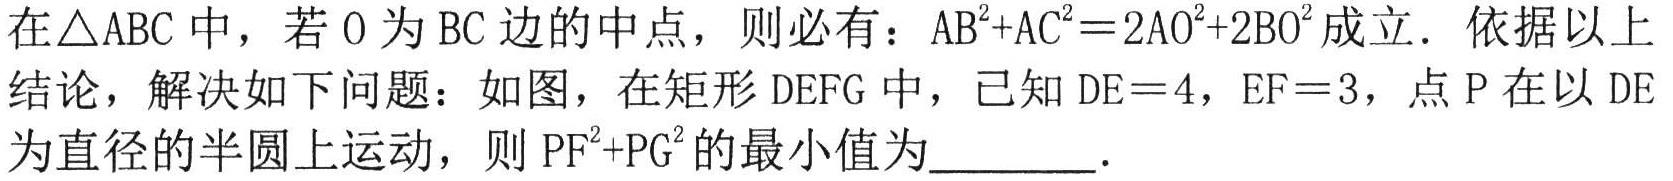
在$\triangle ABC$中，若$O$为$BC$边的中点，则必有：$AB^{2}+AC^{2}=2AO^{2}+2BO^{2}$成立．依据以上结论，解决如下问题：如图，在矩形$DEFG$中，已知$DE = 4$，$EF = 3$，点$P$在以$DE$为直径的半圆上运动，则$PF^{2}+PG^{2}$的最小值为  ．